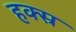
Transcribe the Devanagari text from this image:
हक्स्र